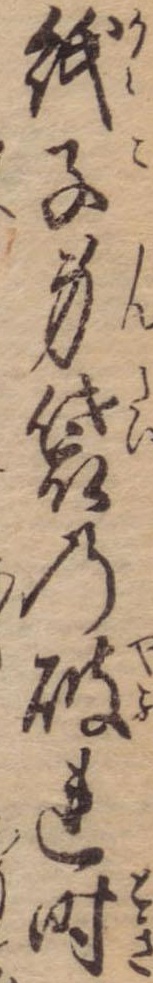
紙子身袋の破れ時